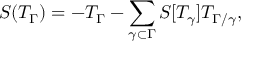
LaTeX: S ( T _ { \Gamma } ) = - T _ { \Gamma } - \sum _ { \gamma \subset \Gamma } S [ T _ { \gamma } ] T _ { \Gamma / \gamma } ,